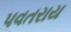
પવતરાય